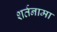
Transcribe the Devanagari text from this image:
शर्तनामा